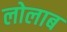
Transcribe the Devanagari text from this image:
लोलाब